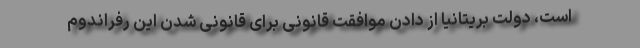
است، دولت بریتانیا از دادن موافقت قانونی برای قانونی شدن این رفراندوم